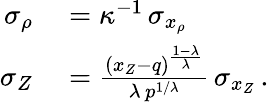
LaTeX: \begin{array}{rl}{\sigma_{\rho}}&{{}=\kappa^{-1}\, \sigma_{x_{\rho}}}\\ {\sigma_{Z}}&{{}=\frac{(x_{Z}-q)^{\frac{1-\lambda}{\lambda}}}{\lambda\, p^{1/\lambda}}\, \sigma_{x_{Z}}\, .}\end{array}